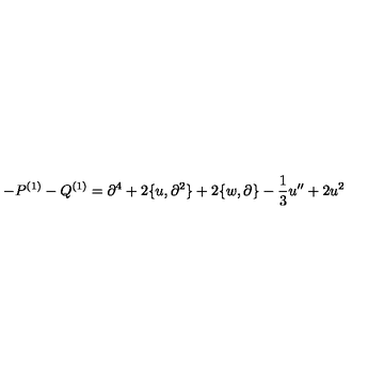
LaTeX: - P ^ { ( 1 ) } - Q ^ { ( 1 ) } = \partial ^ { 4 } + 2 \{ u , \partial ^ { 2 } \} + 2 \{ w , \partial \} - \frac { 1 } { 3 } u ^ { \prime \prime } + 2 u ^ { 2 }